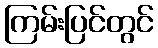
ကြမ်းပြင်တွင်